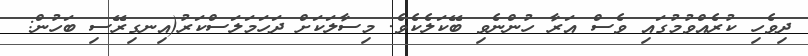
ދިވެހި ކުރެއްވުމުގައި ވެސް އަރާ ހުންނެވި ބޭކަލެކެވެ. މިސާލަކަށް ދަހަމަލަސްކަރު(އިނގިރޭސި ބަހުން: